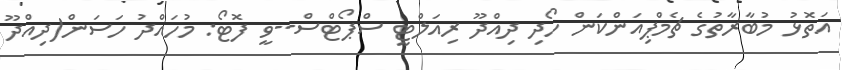
އަތޮޅު މުބާރާތުގެ ޗެމްޕިއަންކަން ހޯދި ދިއްދޫ ރިއަލްޓީ ސްޕޯޓްސް--ވީ ފޮޓޯ: މުހައްދު ހަސަން(ދިއްދޫ